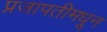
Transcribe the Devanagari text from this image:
प्रजापतीमधून